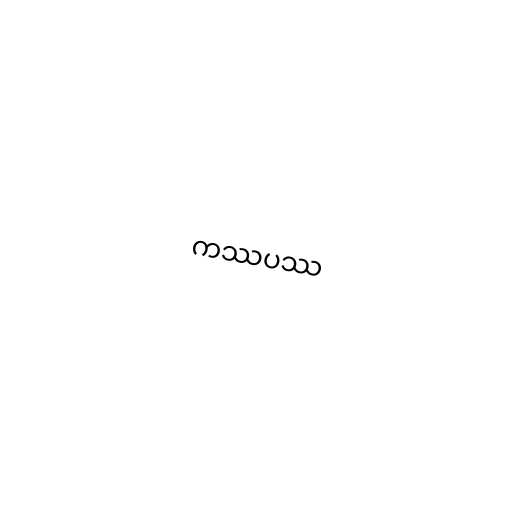
ကဿပဿ